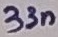
Text: 33n